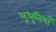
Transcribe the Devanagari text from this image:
भूधृतियाँ